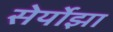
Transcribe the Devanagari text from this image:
सेर्योझा